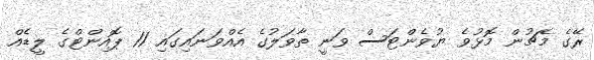
ރޭގެ މެޗުން މޮޅުވެ ޔުވެންޓަސް ވަނީ ތާވަލުގެ އެއްވަނައިގައި 11 ޕޮއިންޓްގެ ލީޑެއް